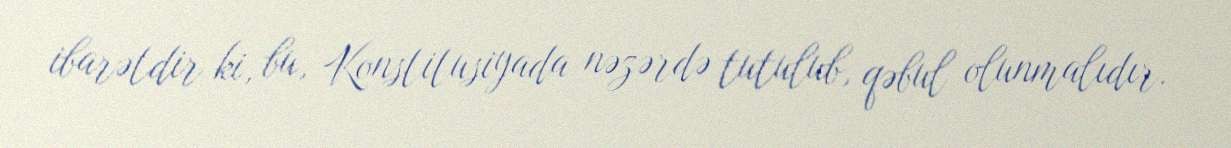
ibarətdir ki, bu, Konstitusiyada nəzərdə tutulub, qəbul olunmalıdır.